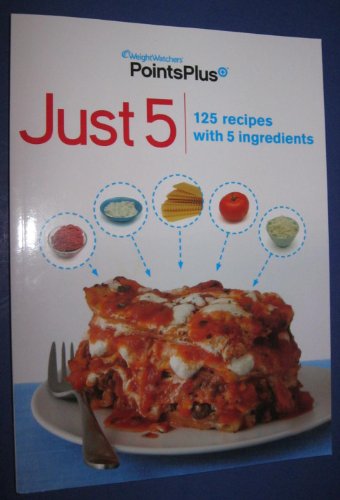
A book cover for Weight Watchers Points Plus Just 5 Cookbook: 125 recipes with 5 ingredients; Weight Watchers; Health, Fitness & Dieting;